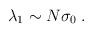
LaTeX: \begin{align*}\lambda_1 \sim N \sigma_0 \; .\end{align*}